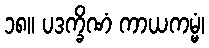
၁၈။ ပဒက္ခိဏံ ကာယကမ္မံ၊